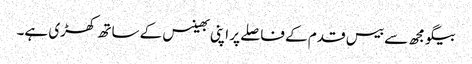
بیگو مجھ سے بیس قدم کے فاصلے پر اپنی بھینس کے ساتھ کھڑی ہے۔